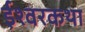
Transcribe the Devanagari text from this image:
ईश्वरकथा